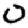
Digit: 0